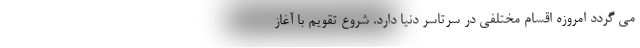
می گردد امروزه اقسام مختلفی در سرتاسر دنیا دارد. شروع تقویم با آغاز